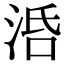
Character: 𣴠